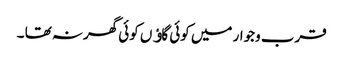
قرب وجوار میں کوئی گاﺅں کوئی گھرنہ تھا ۔